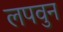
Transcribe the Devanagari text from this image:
लपवुन